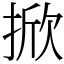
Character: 掀